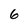
Character: 6